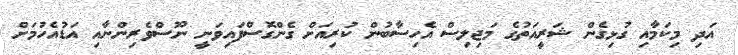
އަދި މިކަމާއި ގުޅިގެން ޝަރީއަތުގެ މަޖިލިސް އެހިސާބުން ކުރިއަށް ގެންގޮސްފައިވަނީ ނޫސްވެރިންނާއި އަޑުއެހުމަށް